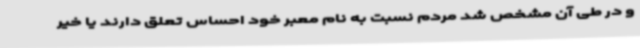
و در طی آن مشخص شد مردم نسبت به نام معبر خود احساس تعلق دارند یا خیر